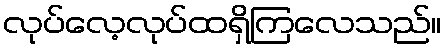
လုပ်လေ့လုပ်ထရှိကြလေသည်။